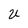
Character: U